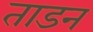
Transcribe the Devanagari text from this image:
ताडन